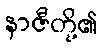
နာဇီတို့၏